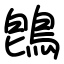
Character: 鵖